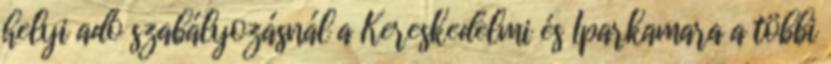
helyi adó szabályozásnál a Kereskedelmi és Iparkamara a többi